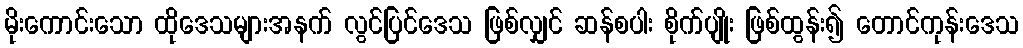
မိုးကောင်းသော ထိုဒေသများအနက် လွင်ပြင်ဒေသ ဖြစ်လျှင် ဆန်စပါး စိုက်ပျိုး ဖြစ်ထွန်း၍ တောင်ကုန်းဒေသ